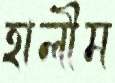
হালীম